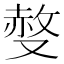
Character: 𠭷